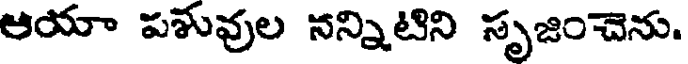
ఆయా పశువుల నన్నిటిని సృజించెను.